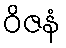
ဝိဇနံ